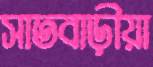
সাতবাড়ীয়া